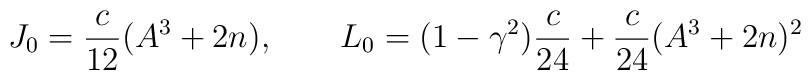
J_0 = \frac{c}{12}(A^3+2n) , \qquad L_0 = (1-\gamma^2)\frac{c}{24}+ \frac{c}{24} (A^3 + 2 n)^2